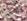
قررتي